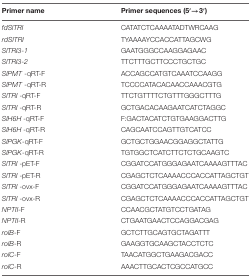
| Primer name | Primer sequences (5′→3′) |
 | --- | --- |
 | fdSlTRI | CATATCTCAAAATADTWRCAAG |
 | rdSlTRI | TYAAAAYCCACCATTAGCWG |
 | SlTRI3-1 | GAATGGGCCAAGGAGAAC |
 | SlTRI3-2 | TTCTTTGCTTCCCTGCTGC |
 | SlPMT -qRT-F | ACCAGCCATGTCAAATCCAAGG |
 | SlPMT -qRT-R | TCCCCATACACAACCAAACGTG |
 | SlTRI -qRT-F | TTCTGTTTTCTGTTTGGGCTTTG |
 | SlTRI -qRT-R | GCTGACACAAGAATCATCTAGGC |
 | SlH6H -qRT-F | F:GACTACATCTGTGAAGGACTTG |
 | SlH6H -qRT-R | CAGCAATCCAGTTGTCATCC |
 | SlPGK-qRT-F | GCTGCTGGAACGGAGGCTATTG |
 | SlPGK-qRT-R | TGTGGCTCATCTTCTCTGCAAGTC |
 | SlTRI -pET-F | CGGATCCATGGGAGAATCAAAAGTTTAC |
 | SlTRI -pET-R | CGAGCTCTCAAAACCCACCATTAGCTGT |
 | SlTRI -ovx-F | CGGATCCATGGGAGAATCAAAAGTTTAC |
 | SlTRI -ovx-R | CGAGCTCTCAAAACCCACCATTAGCTGT |
 | NPTII-F | CCAACGCTATGTCCTGATAG |
 | NPTII-R | CTGAATGAACTCCAGGACGAG |
 | rolB-F | GCTCTTGCAGTGCTAGATTT |
 | rolB-R | GAAGGTGCAAGCTACCTCTC |
 | rolC-F | TAACATGGCTGAAGACGACC |
 | rolC-R | AAACTTGCACTCGCCATGCC |